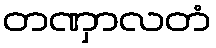
တဏှာလတံ